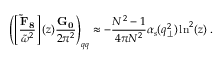
\left( \left[ \frac { \bf \tilde { F } _ { 8 } } { \tilde { \omega } ^ { 2 } } \right] ( z ) \frac { \bf G _ { 0 } } { 2 \pi ^ { 2 } } \right) _ { q q } \approx - \frac { N ^ { 2 } - 1 } { 4 \pi N ^ { 2 } } \alpha _ { s } ( q _ { \perp } ^ { 2 } ) \ln ^ { 2 } ( z ) \; .